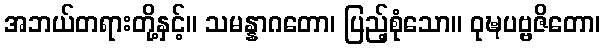
အဘယ်တရားတို့နှင့်။ သမန္နာဂတော၊ ပြည့်စုံသော။ ဝုဍ္ဎပဗ္ဗဇိတော၊